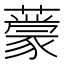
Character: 𬟃